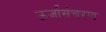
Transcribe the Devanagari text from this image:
ऊर्जासंचरण